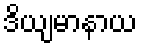
ဒိယျမာနာယ